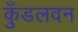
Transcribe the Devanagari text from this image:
कुँडलवन